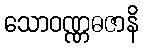
သောဝဏ္ဏဓဇာနိ